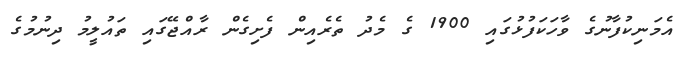
އެމަނިކުފާނުގެ ވާހަކަފުޅުގައި 1900 ގެ މެދު ތެރެއިން ފެށިގެން ރާއްޖޭގައި ތައުލީމު ދިނުމުގެ